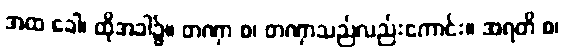
အထ ခေါ၊ ထိုအခါ၌။ တဏှာ စ၊ တဏှာသည်လည်းကောင်း။ အရတိ စ၊